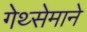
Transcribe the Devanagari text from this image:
गेथ्सेमाने